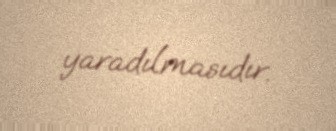
yaradılmasıdır.